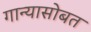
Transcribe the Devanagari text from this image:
गान्यासोबत